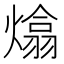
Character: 熻